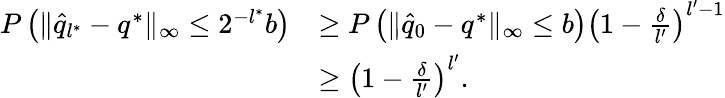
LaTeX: \begin{array}{rl}{P\left(\| \hat{q}_{l^{*}}-q^{*}\| _{\infty}\leq 2^{-l^{*}}b\right)}&{\geq P\left(\| \hat{q}_{0}-q^{*}\| _{\infty}\leq b\right)\left(1-\frac{\delta}{l^{\prime}}\right)^{l^{\prime}-1}}\\ &{\geq\left(1-\frac{\delta}{l^{\prime}}\right)^{l^{\prime}}.}\end{array}